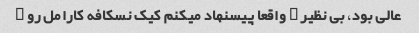
عالی بود، بی نظیر … واقعا پیسنهاد میکنم کیک نسکافه کارامل رو …